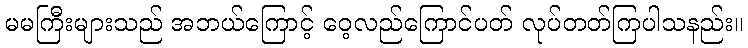
မမကြီးများသည် အဘယ်ကြောင့် ဝေ့လည်ကြောင်ပတ် လုပ်တတ်ကြပါသနည်း။